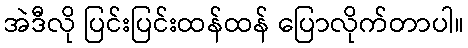
အဲဒီလို ပြင်းပြင်းထန်ထန် ပြောလိုက်တာပါ။